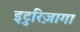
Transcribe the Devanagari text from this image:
इटुरिज़ागा